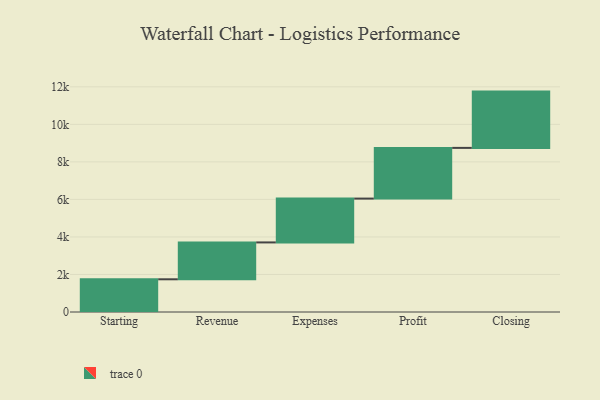
{"axis": {"x": "Step", "y": "Value"}, "legend": [""], "data": [{"x": "Starting", "y": 1743.0, "type": ""}, {"x": "Revenue", "y": 1965.0, "type": ""}, {"x": "Expenses", "y": 2336.0, "type": ""}, {"x": "Profit", "y": 2702.0, "type": ""}, {"x": "Closing", "y": 3000, "type": ""}]}